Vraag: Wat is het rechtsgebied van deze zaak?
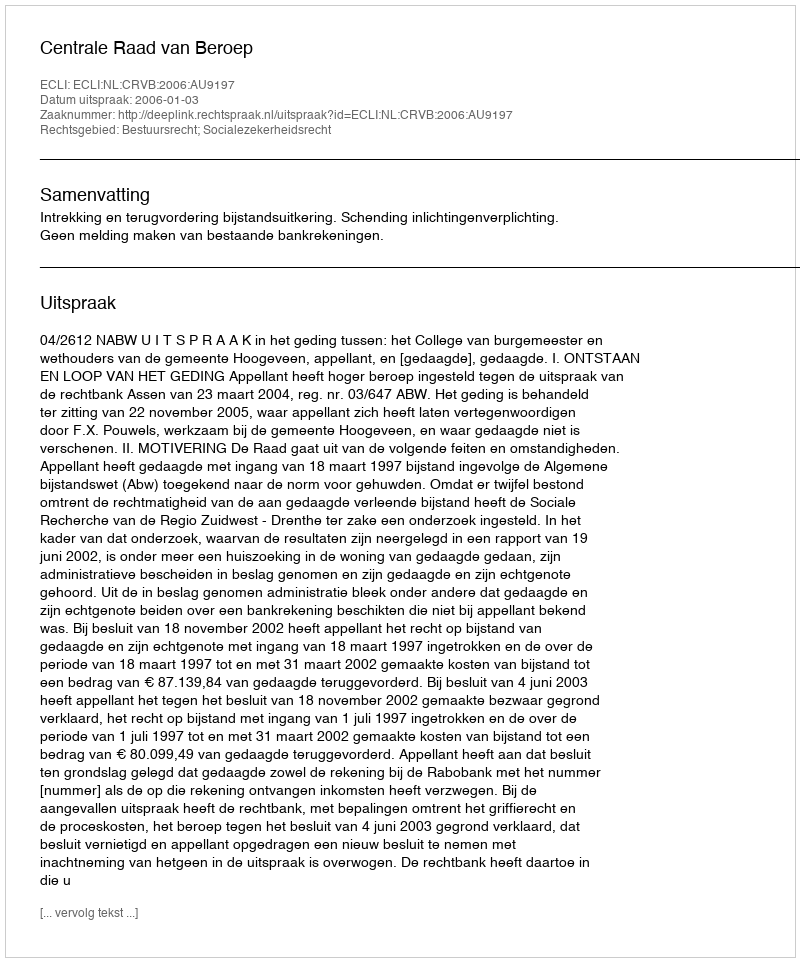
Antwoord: Bestuursrecht; Socialezekerheidsrecht